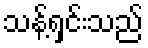
သန့်ရှင်းသည်